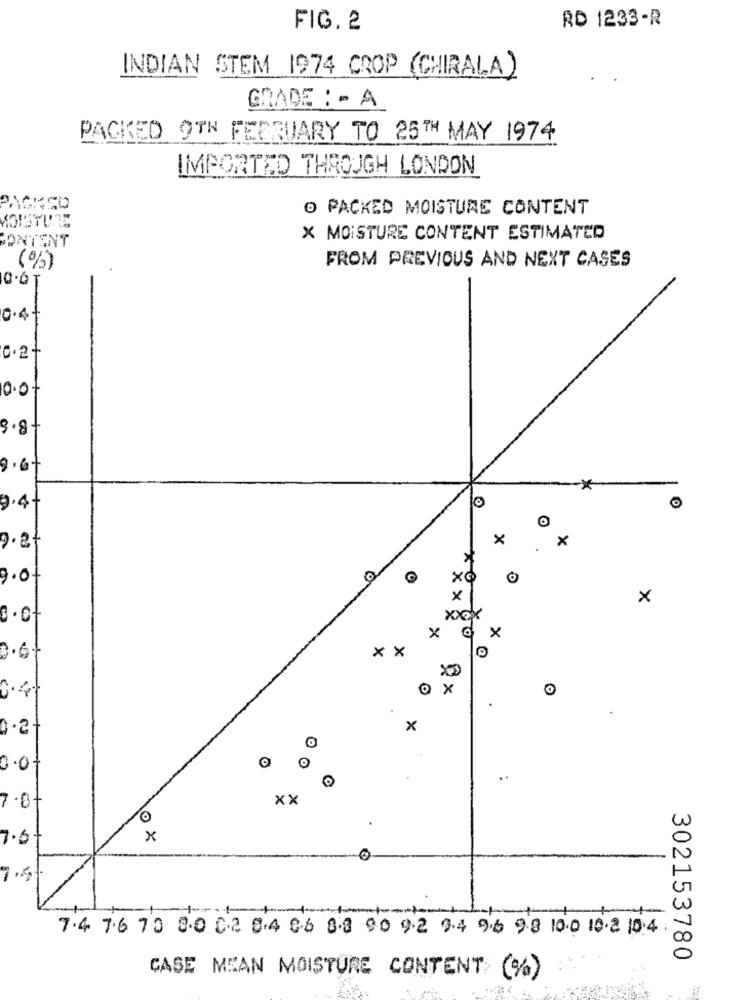
RD 1233-R
FIG. 2
INDIAN STEM 1974 CROP (CHIRALA)
GRADE : - A
PACKED 9TH FEBRUARY TO 25TH MAY 1974
IMPORTED THROUGH LONDON
O PACKED MOISTURE CONTENT
X MOISTURE CONTENT ESTIMATED
CONTENT
FROM PREVIOUS AND NEXT CASES
(%)
10.6T
0.4+
0.2+
10.0
9.8-
0
9.4-
O
×
x
9.2t
9.07
×
0.0
XXX
X
Q X
0.6+
X
X
0
x
0.07
. .
7.0+
xx
7.6
ox
7.5
-1
7.4 7.6 70 8.0 0.2 8.4 0.6 8.8 90 9.2 9.4 9.6 98 100 10.2 10.4
302153780
CASE MEAN MOISTURE CONTENT (%)